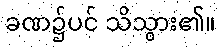
ခဏ၌ပင် သိသွား၏။